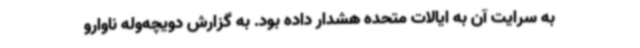
به سرایت آن به ایالات متحده هشدار داده بود. به گزارش دویچه‌وله ناوارو